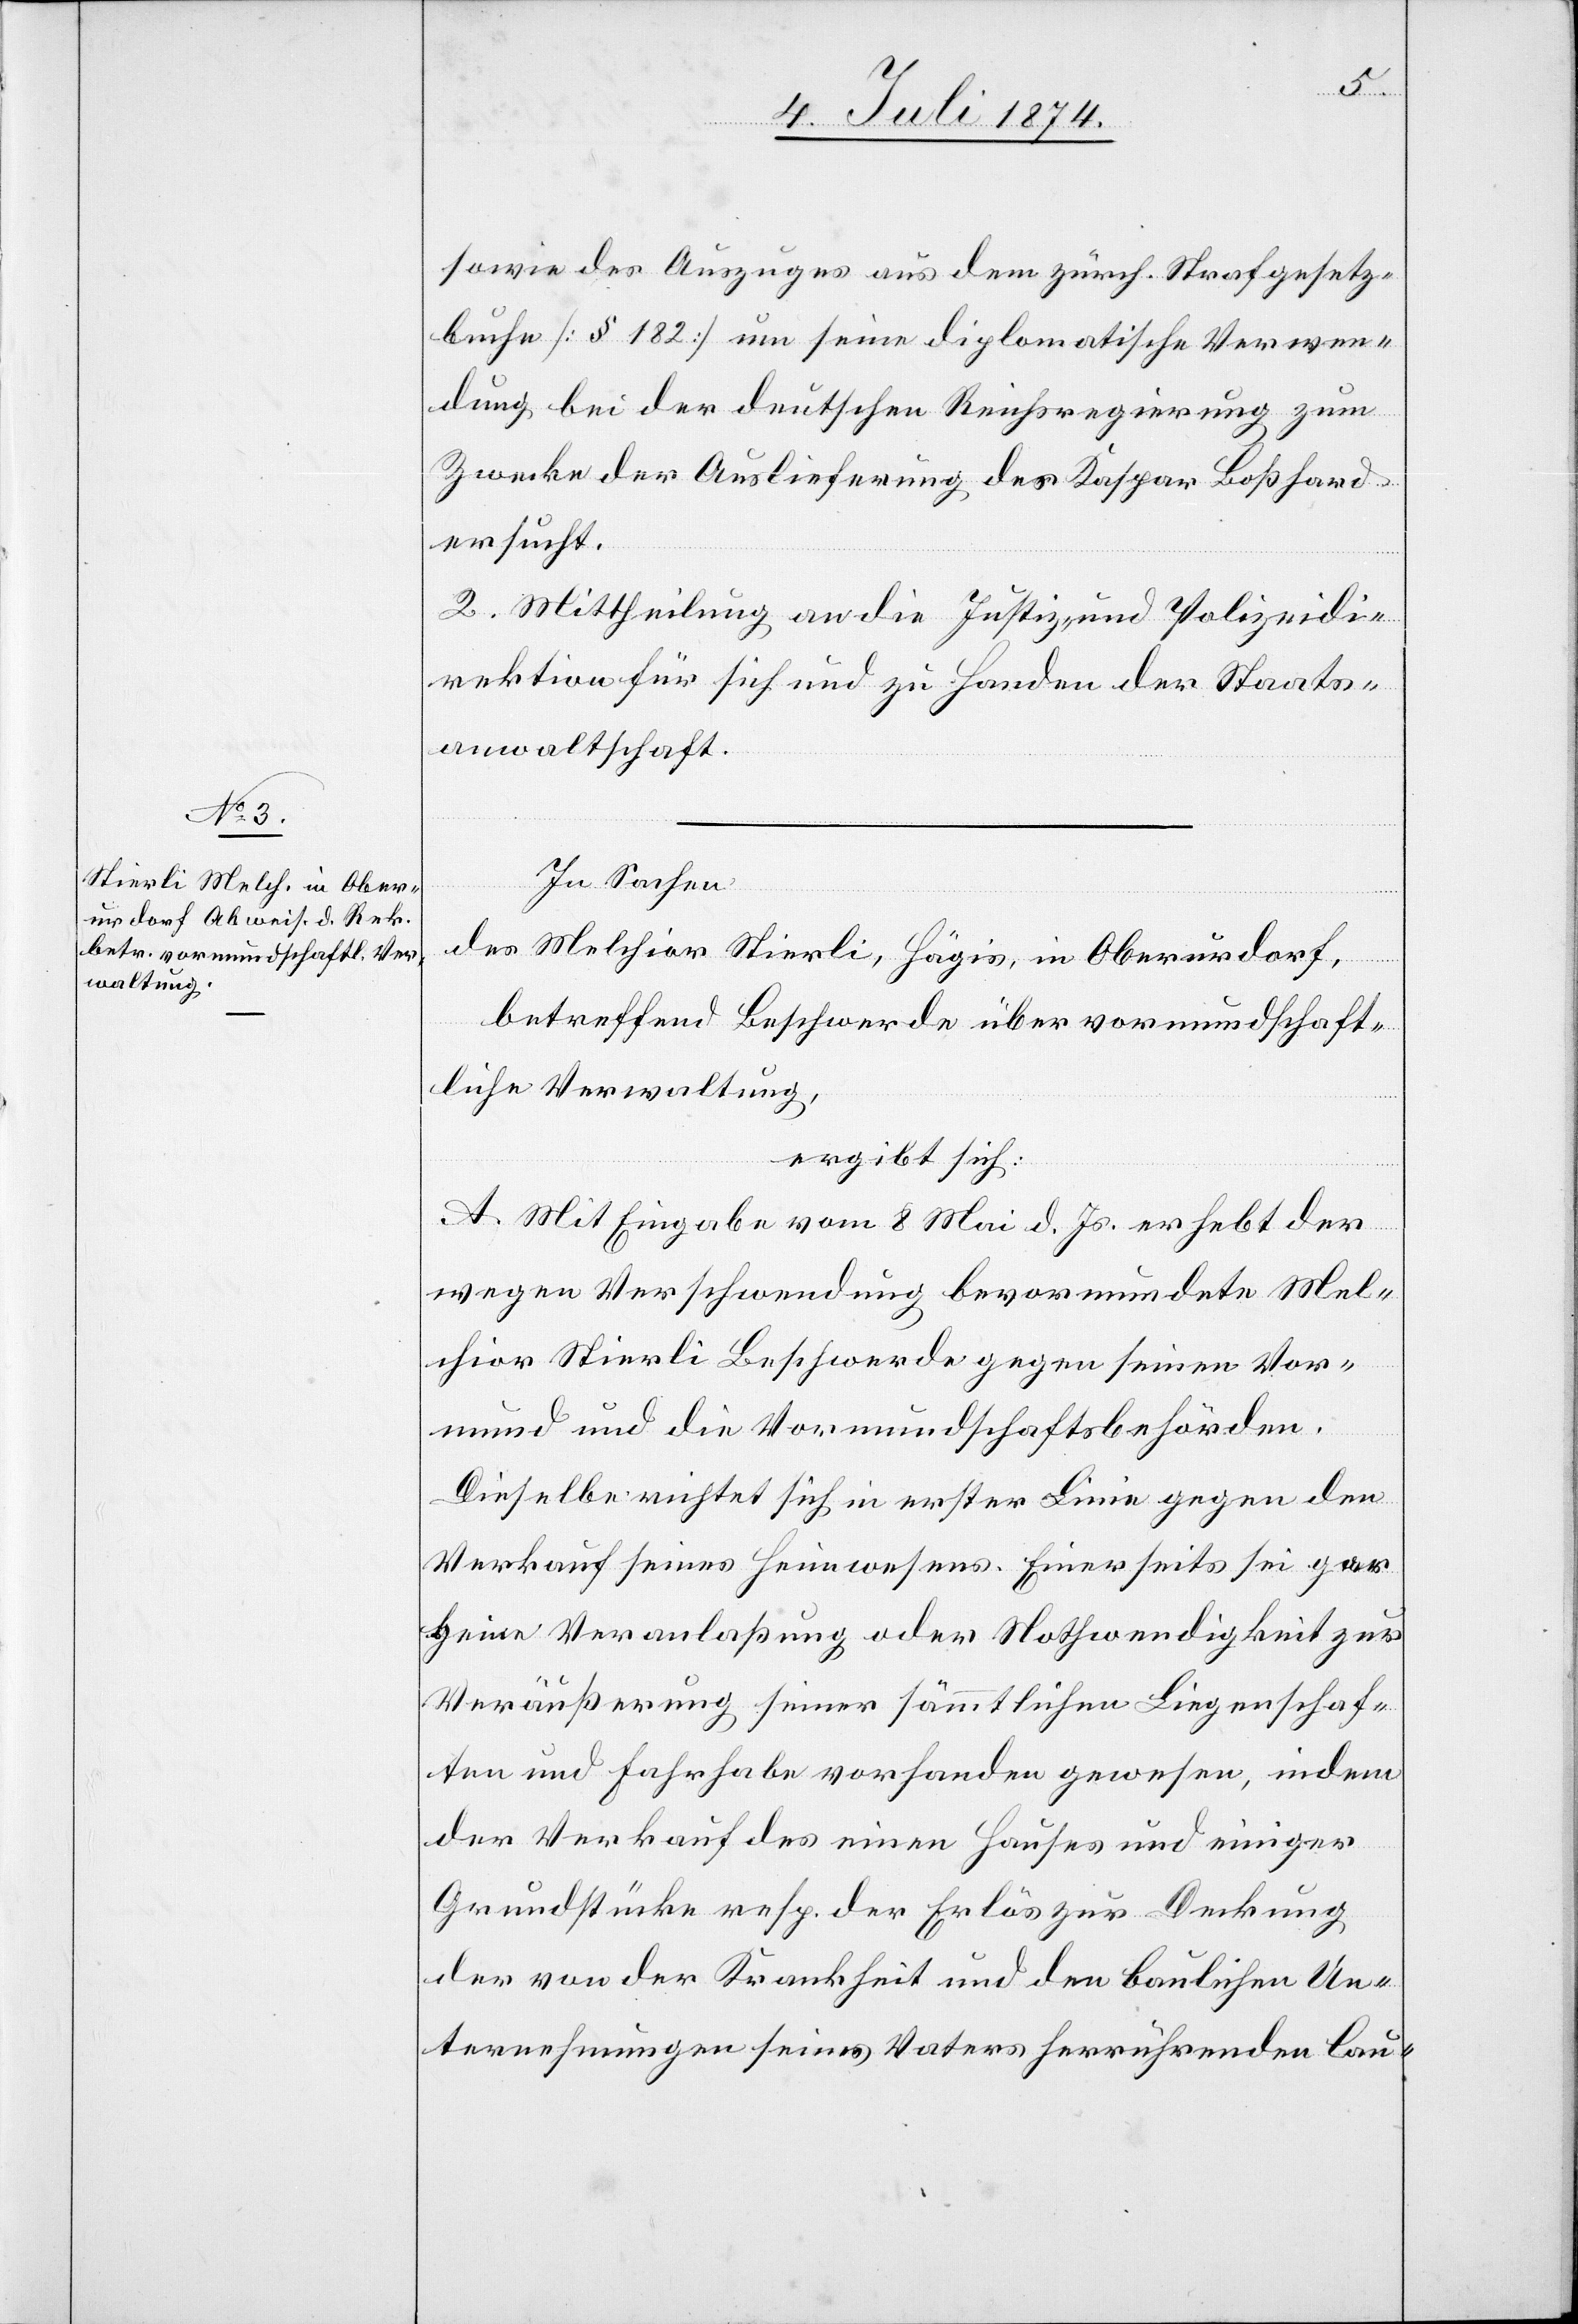
sowie des Auszuges aus dem zürch. Strafgesetz¬
buche [§ 182] um seine diplomatische Verwen¬
dung bei der deutschen Reichsregierung zum
Zwecke der Auslieferung des Kaspar Boßhard
ersucht.
2. Mittheilung an die Justiz- und Polizeidi¬
rektion für sich und zu Handen der Staats¬
anwaltschaft.
In Sachen
des Melchior Stierli, Hägis, in Oberurdorf,
betreffend Beschwerde über vormundschaft¬
liche Verwaltung,
ergibt sich:
A. Mit Eingabe vom 8. Mai d. Js. erhebt der
wegen Verschwendung bevormundete Mel¬
chior Stierli Beschwerde gegen seinen Vor¬
mund und die Vormundschaftsbehörden.
Dieselbe richtet sich in erster Linie gegen den
Verkauf seines Heimwesens. Einerseits sei gar
keine Veranlaßung oder Nothwendigkeit zur
Veräußerung seiner sämmtlichen Liegenschaf¬
ten und Fahrhabe vorhanden gewesen, indem
der Verkauf des einen Hauses und einiger
Grundstücke resp. der Erlös zur Deckung
der von der Krankheit und den baulichen Un¬
ternehmungen seines Vaters herrührenden lau-